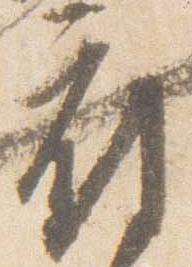
府